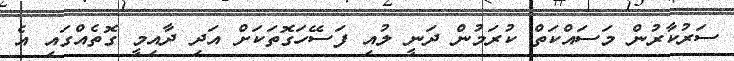
ސަރުކާރުން މަސައްކަތް ކުރަމުން ދަނީ ލުއި ފަސޭހަގޮތަކަށް އަދި ދާއިމީ ގޮތެއްގައި އެ